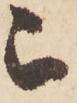
被